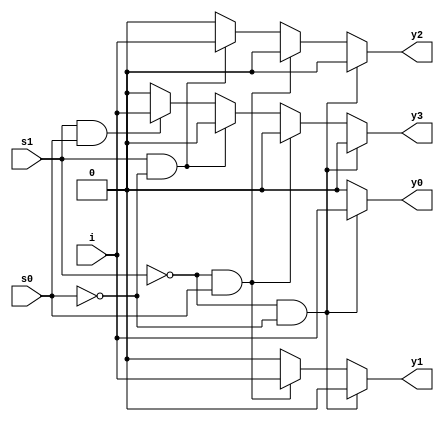
module demux(i, s1, s0, y0, y1, y2, y3);
  input i, s0, s1;
  output reg y0, y1, y2, y3;

  always @(*) begin
    y0 = 0;
    y1 = 0;
    y2 = 0;
    y3 = 0;
    
    if (s1 == 0 && s0 == 0)
      y0 = i;
    else if (s1 == 0 && s0 == 1)
      y1 = i;
    else if (s1 == 1 && s0 == 0)
      y2 = i;
    else if (s1 == 1 && s0 == 1)
      y3 = i;
  end
endmodule